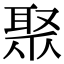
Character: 聚